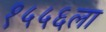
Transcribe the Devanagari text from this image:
१५५६ला